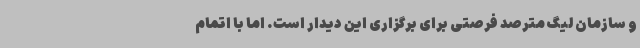
و سازمان لیگ مترصد فرصتی برای برگزاری این دیدار است. اما با اتمام